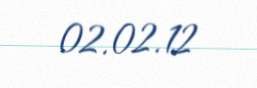
02.02.12